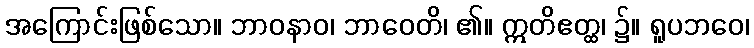
အကြောင်းဖြစ်သော။ ဘာဝနာဝ၊ ဘာဝေတိ၊ ၏။ ဣတိဧတ္ထ၊ ၌။ ရူပဘဝေ၊